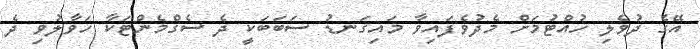
އޭގެ ދުވެލި ހުއްޓުމަށް މެދުވެފައިވާ މައިގަނޑު ސަބަބަކީ ދެ ސެގްމެންޓަކާ ހަވާލުވި ދެ